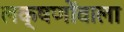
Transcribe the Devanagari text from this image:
लक्षणोंवाला